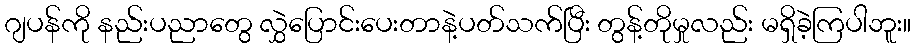
ဂျပန်ကို နည်းပညာတွေ လွှဲပြောင်းပေးတာနဲ့ပတ်သက်ပြီး တွန့်တိုမှုလည်း မရှိခဲ့ကြပါဘူး။